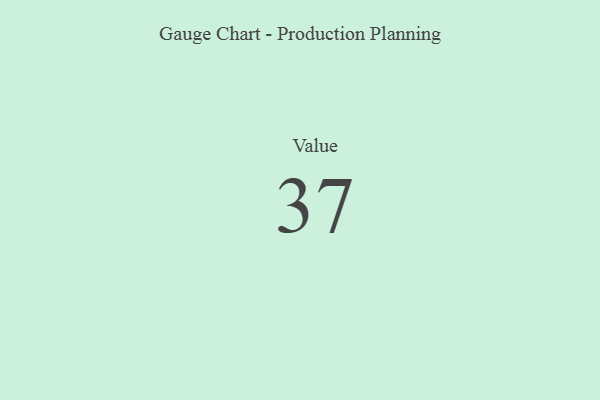
{"axis": {"x": "Metric", "y": "Value"}, "legend": [""], "data": [{"x": "Value", "y": 37, "type": ""}]}